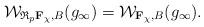
LaTeX: \begin{align*} \mathcal W_{\mathfrak R_p\mathbf F_{\chi}, B}(g_{\infty}) = \mathcal W_{\mathbf F_{\chi}, B}(g_{\infty}). \end{align*}